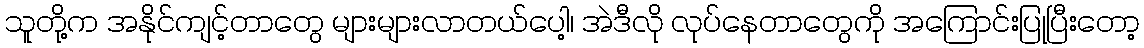
သူတို့က အနိုင်ကျင့်တာတွေ များများလာတယ်ပေါ့၊ အဲဒီလို လုပ်နေတာတွေကို အကြောင်းပြုပြီးတော့